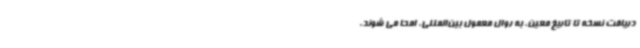
دریافت نسخه تا تاریخ معین، به روال معمول بین‌المللی، امحا می شوند.